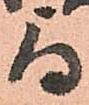
与